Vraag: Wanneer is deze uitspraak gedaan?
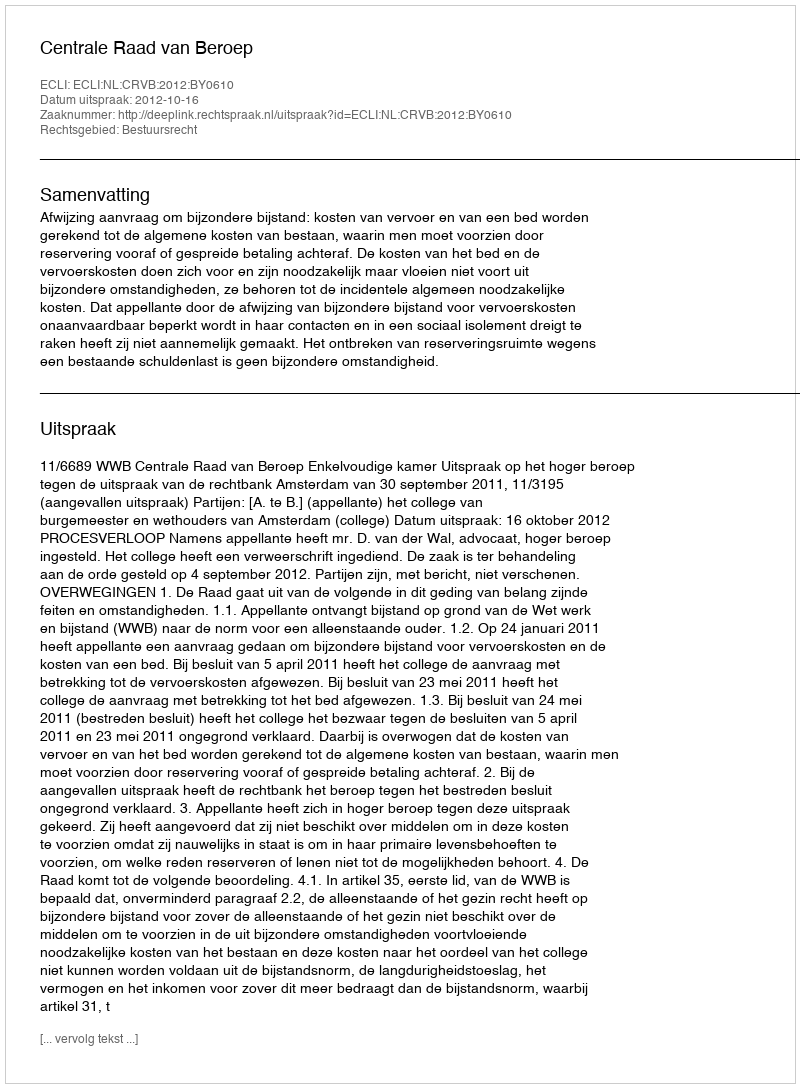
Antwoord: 2012-10-16